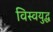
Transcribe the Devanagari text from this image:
विस्वयुद्ध